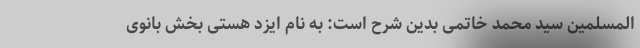
المسلمین سید محمد خاتمی بدین شرح است: به نام ایزد هستی بخش بانوی